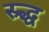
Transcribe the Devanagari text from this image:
स्र्द्ध